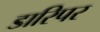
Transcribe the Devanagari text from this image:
डारिपर